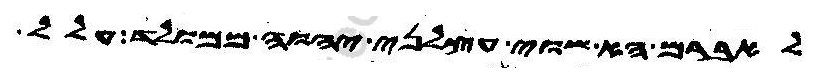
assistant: לאברם הא שוי עצלני יהוה ממולד עלל